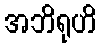
အဘိရုဟိ